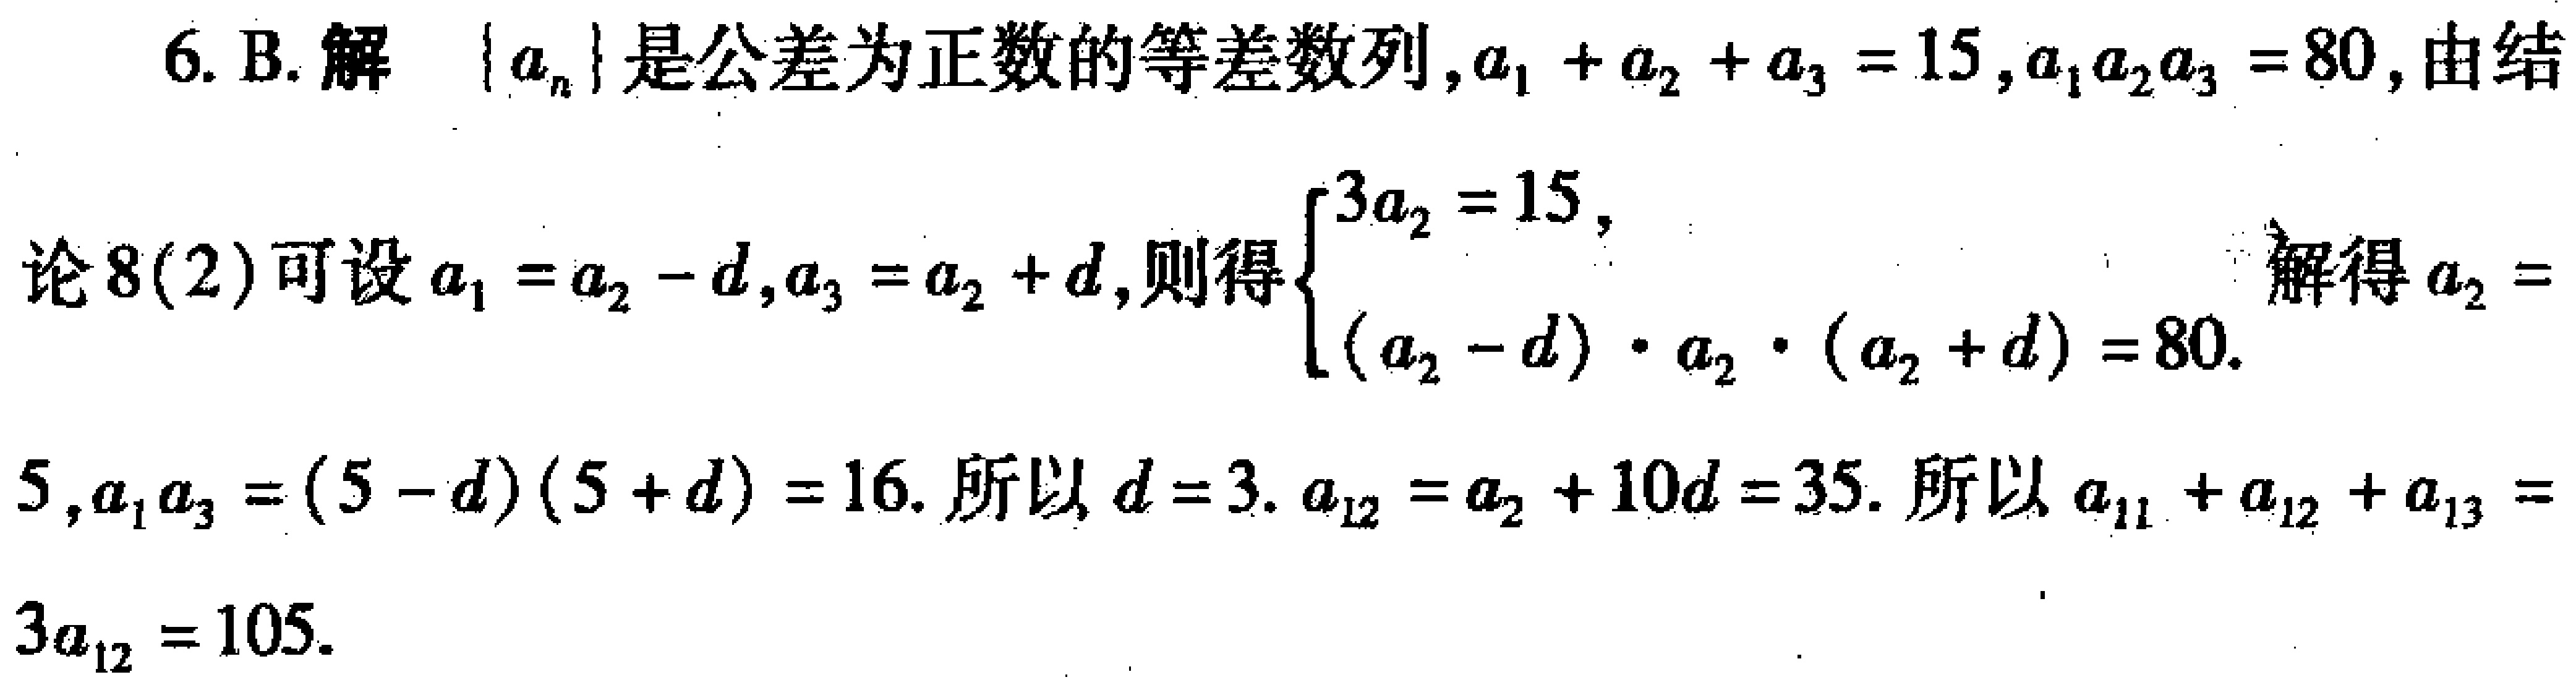
6. B. 解 $\{a_{n}\}$ 是公差为正数的等差数列, $a_{1}+a_{2}+a_{3}=15$, $a_{1}a_{2}a_{3}=80$, 由结
论 8(2) 可设 $a_{1}=a_{2}-d,a_{3}=a_{2}+d$, 则得 $\begin{cases}3a_{2}=15,\\(a_{2}-d)\cdot a_{2}\cdot(a_{2}+d)=80.\end{cases}$ 解得 $a_{2}=$
$5,a_{1}a_{3}=(5 - d)(5 + d)=16$. 所以 $d = 3$. $a_{12}=a_{2}+10d=35$. 所以 $a_{11}+a_{12}+a_{13}=$
$3a_{12}=105$.